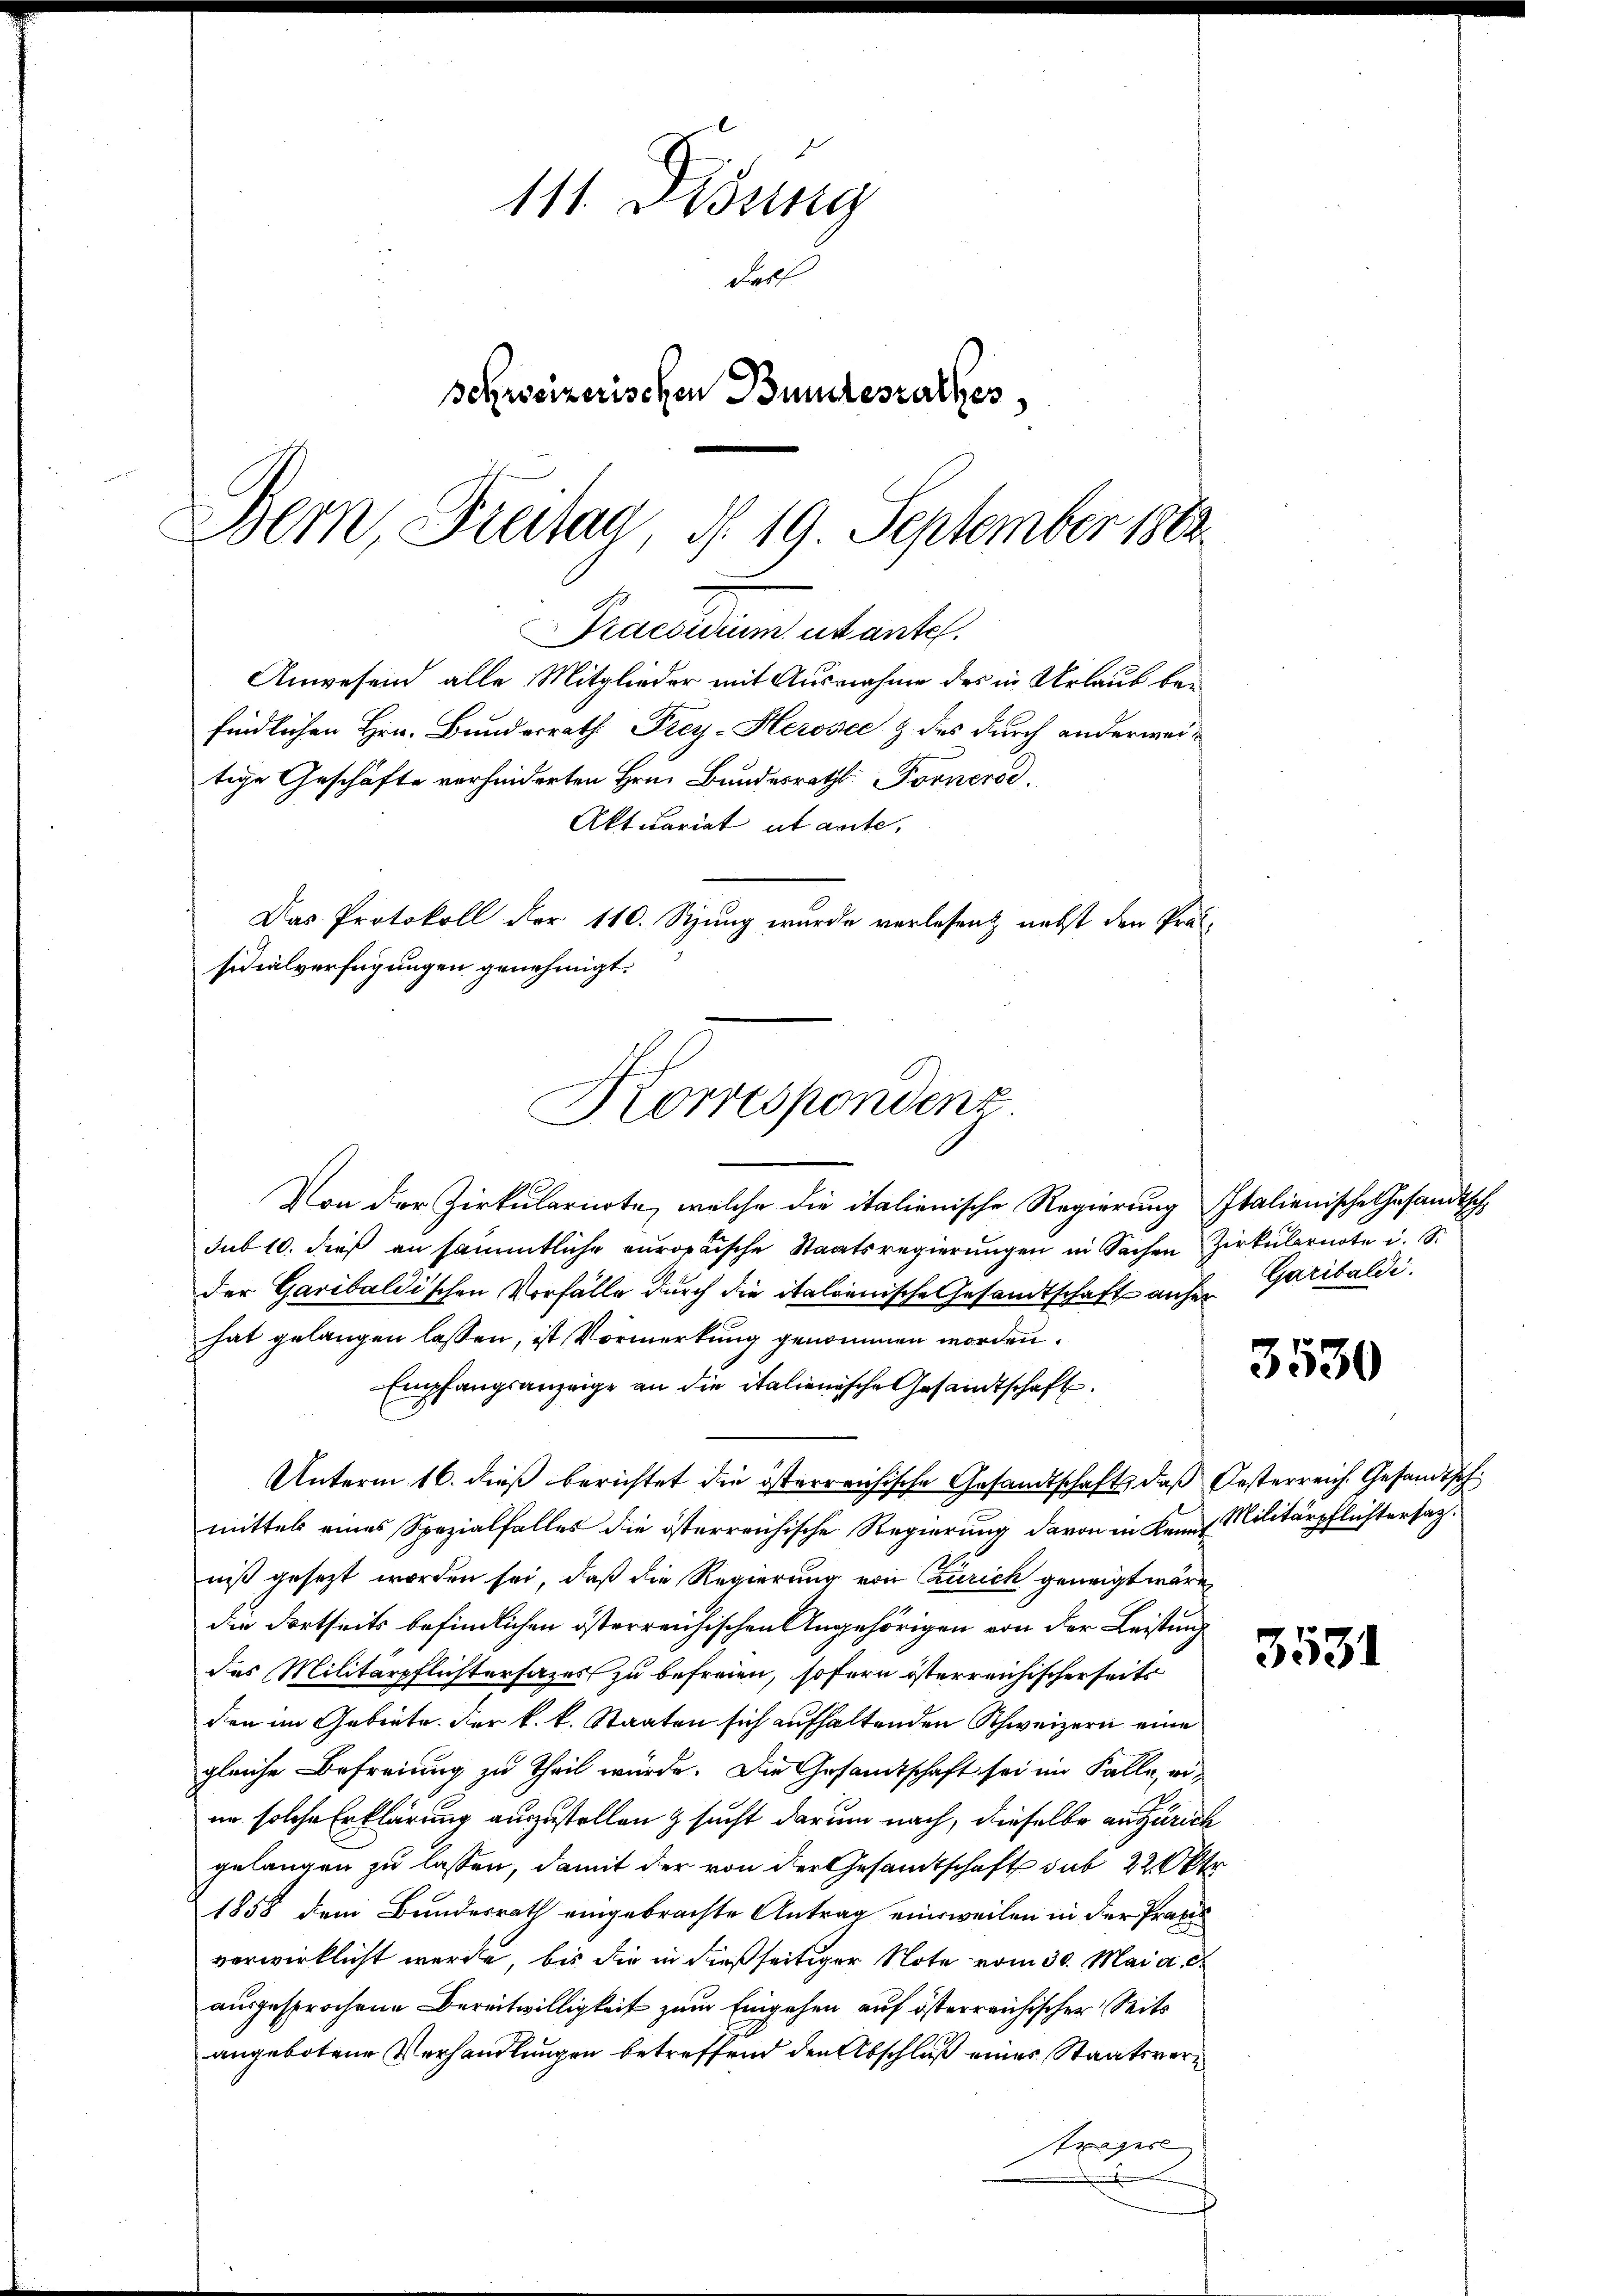
111. Disung
Fall
schweizerischen Bundesrathes
Bern, Freitag, d. 19. September 1882

Praesidium utante.
Anwesend alle Mitglieder mit Ausnahme des in Urlaub befindlichen Hrn. Bundesrath Frey-Herosec & des durch anderweitige Geschäfte verhinderten Hrn. Bundesrath Fornerse
Aktuariat ut amte,
Das Protokoll der 110. Stung wurde verlesen nebst den Pral-
sidialverfügungen genehmigt.
Korrespondenz

Von der Zirkularirte, welche die italienische Regierung Italienische Gesandtsche
sub 10. dieß an sämmtliche europäische Staatsregierungen in Sachen Zirkulernote u. S.
der Garibaldischen Vorfälle durch die italienische Gesandtschaft anher
hat gelangen lassen, ist Vormerkung genommen worden.
Empfangsanzeige an die italienische Gesandtschaft.
Unterm 16. dieß berichtet die österreichische Gesandtschaft, daß Oesterreich. Gesandtsch
mittels eines Spezialfalles die österreichische Regierung davon in Kennt Militärpflichtersaz.
niß gesezt worden sei, daß die Regierung von Zürich geneigt wäre,
die dortseits befindlichen österreichischen Angehörigen von der Leistung
des Militärpflichtersages zu befreien, sofern österreichischerseits
den im Gebiete. Der k. k. Staaten sich aufhaltenden Schweizern eine
gleiche Befreiung zu theil würde. Die Gesandtschaft sei im Falle, wie
in solche Erklärung auszustellen & sucht darum nach, dieselbe an Zürich
gelangen zu lassen, damit der von der Gesandtschaft sub 22 Okt
1858 dem Bundesrath eingebrachte Antrag einweilen in der Praxis
verwirklicht werde, bis die in dießseitiger Note vom 30. Mai a. c.
ausgesprochene Bereitwilligkeit zum Eingehen auf österreichischer Seits
angebotene Verhandlungen betreffend den Abschluß eines Staatsvertrages

Garibaldi.

3530

3531